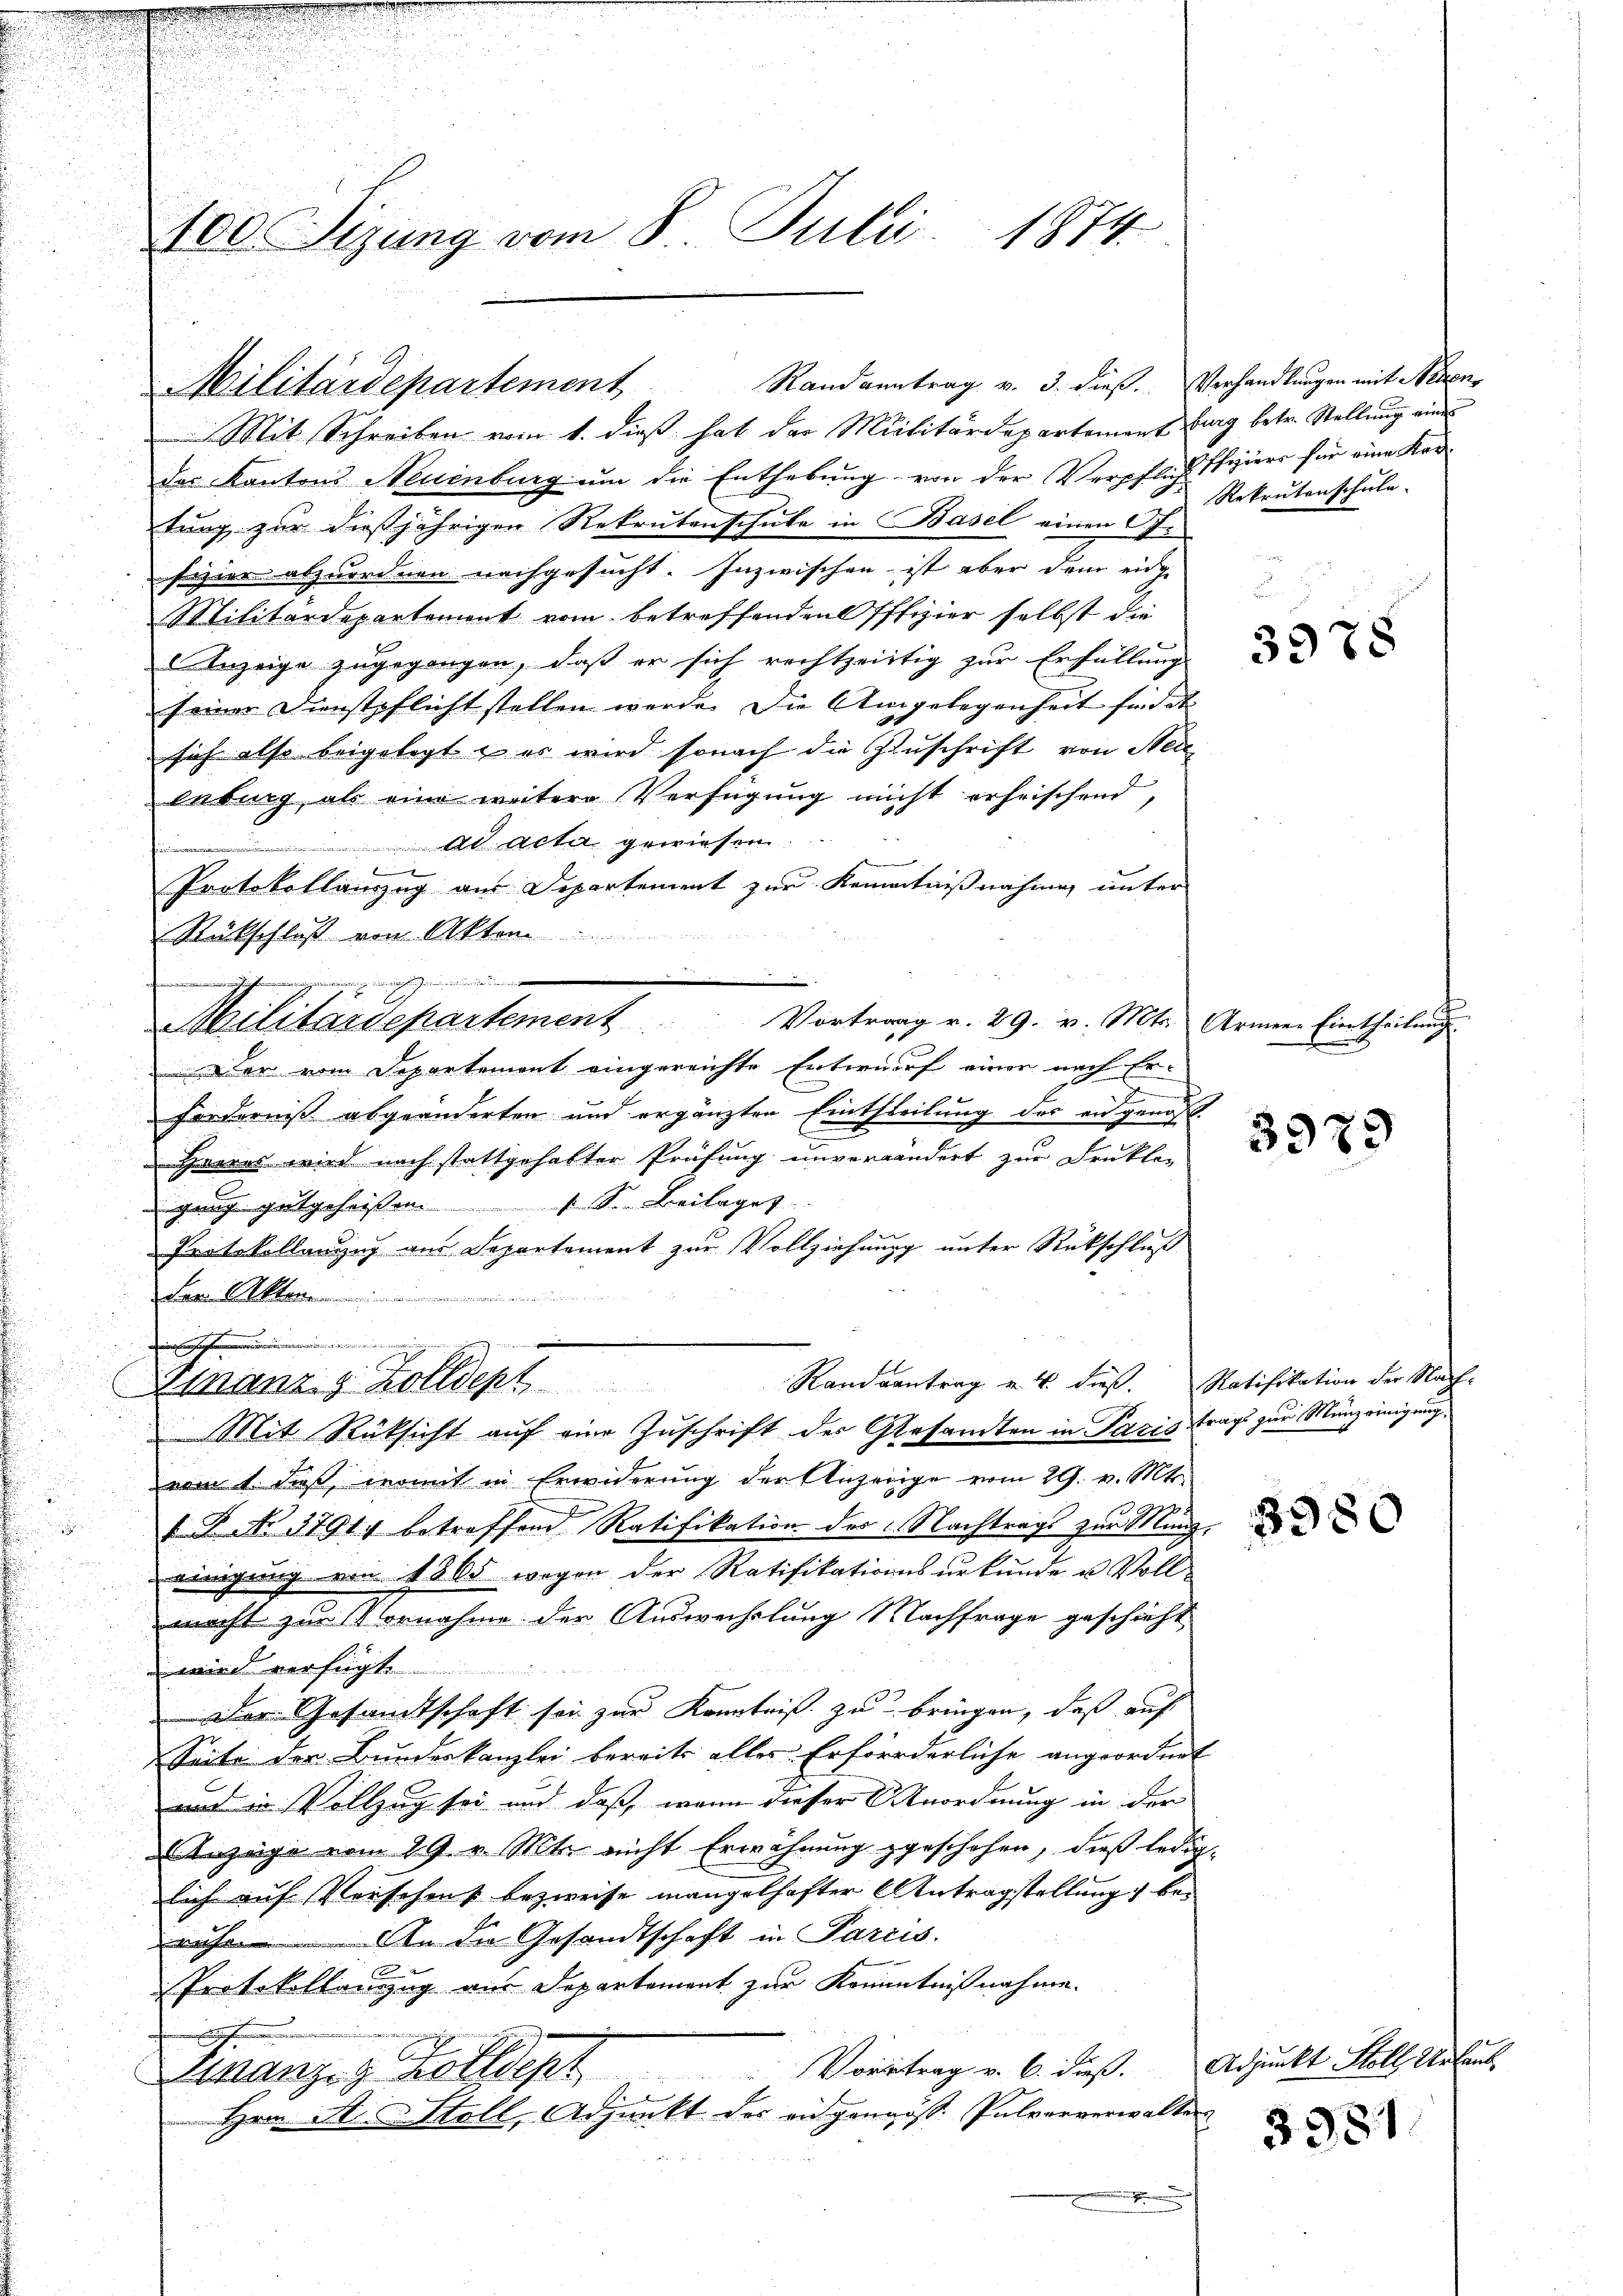
100 Sizung vom 8. Juli 1874.

Mit Schreiben vom 1. dieß hat der Militärdepartement burg betr. Stellung ein
des Kantons Neuenburg um die Enthebung von der Verpflich hiers für eine Kretung zur dießjährigen Rekrutenschule in Basel einen 17.
fizier abzuordnen nachgesucht. Inzwischen ist aber dem eidge
Militärdepartement vom betreffenden Offizier selbst die
Anzeige zugegangen, daß er sich rechtzeitig zur Erfüllung
seiner Dienstpflicht stellen werde. Die Umgelegenheit findet
sich also beigelegt & es wird sonach die Zuschrift von Steie
übung, als eine weitere Verfügung nicht erfrischend,
 ad acta gewiesen.
e
Protokollanzug aus Departement zur Kemnntnißnahme unter
Rückschluß von Akten

Militärdepartement. Vortrag v. 29. v. Mts. Armen Eintheilŭng
üler vom Departement eingereichte Entwurf einer nach Er-
e
Forderniß abgeänderten und ergänzten Eintheilung der eidgenoß
Heeres wird nach stattgehalter Prüfung unverändert zur Frukle-
gang gutgeheissen. S. Beilages
Protokollanzug aus Separtement zur Vollziehungg unter Rückschluß
Der Akten
h
.
Randsantrag u. 4. dieß. Ratifikation der Nach-
Emanz s. Zolldept
Mit Rücksicht auf eine Zuschrift des Gesandten in Pazis trags zur Münzeinigung
vom 1. daß, womit in Erwiderung der Anzeige vom 29. v. Mts.
1 R. No. 3791. betreffend Ratifikation des Nachtrags zur Münzeinigung von 1865 wegen der Ratifikationsurkunde u Vollmacht zur Vornahme der Auswechslung Nachfrage geschieht
wird verfügt
Der Gesandtschaft sei zur Kenntniß zu bringen, daß auf
Seite der Bundeskanzlei bereits aller Erforderliche angeordnet
und in Vollzug sei und daß, wenn dieser Anordnung in der
Anzeige vom 29. v. Mts. nicht Erwähnung zgeschehen, dieß ledig-
lich auf Verschenk bezweife mangelhafter Antragstellung be-
An die Gesandtschaft in Parcis.
e
Protokollanzug aus Departement zur Kenntnißnahme.
Vortrag v. 6. dieß. Adjunkt Stoll Urlaub
Finanzig Kollegt
.
Hrn St. Stoll, Adjunkt des eidgenöss. Pulververwalten
.

Militärdepartement Randantrag v. 3. dieβ. Verhandlungen mit Nein

Rekrutenschule.

3978

3979

8950

3981